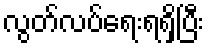
လွတ်လပ်ရေးရရှိပြီး